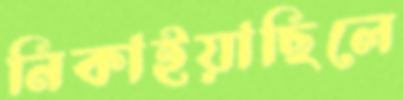
নিকাইয়াছিলে